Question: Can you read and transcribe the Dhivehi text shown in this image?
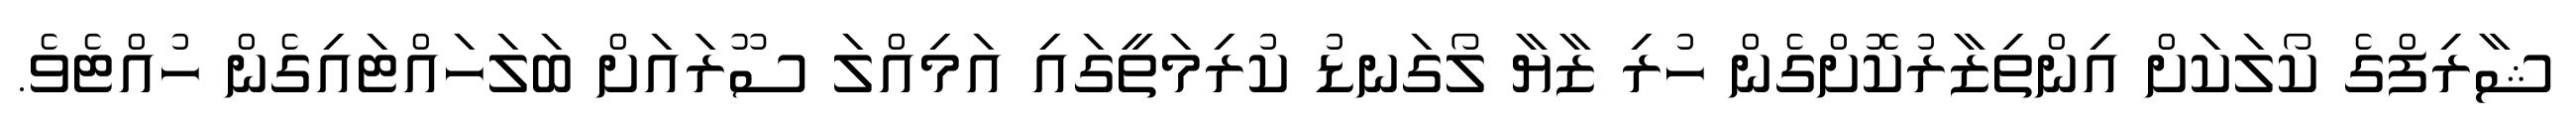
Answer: ޝާރިފްގެ ކޯލަކަށް އިންތިޒާރުކޮށްގެން ހުރި ޒާޔާ ލޯގަނޑު ކުރިމަތީގައި އަމިއްލަ ސޫރައަށް ބަލަހައްޓައިގެން ހުއްޓެވެ.